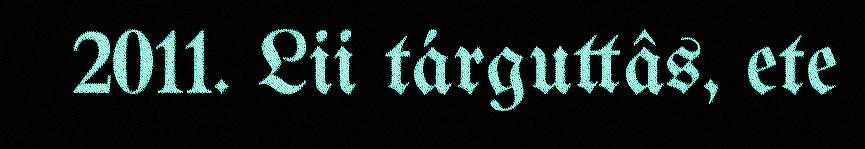
2011. Lii tárguttâs, ete